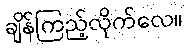
ချိန်ကြည့်လိုက်လေ။